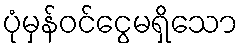
ပုံမှန်ဝင်ငွေမရှိသော